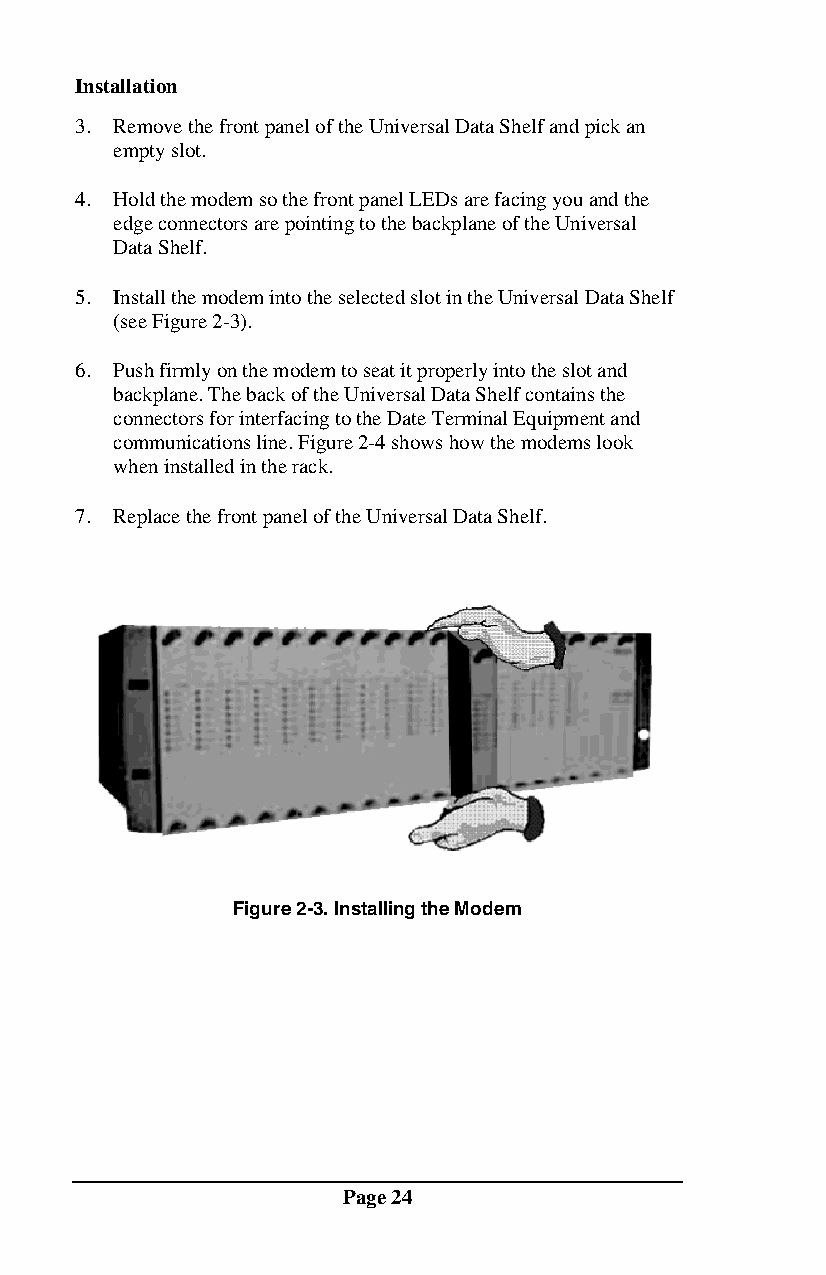
Installation
 3. Remove the front panel of the Universal Data Shelf and pick an
 empty slot.
 4. Hold the modem so the front panel LEDs are facing you and the
 edge connectors are pointing to the backplane of the Universal
 Data Shelf.
 5. Install the modem into the selected slot in the Universal Data Shelf
 (see Figure 2-3).
 6. Push firmly on the modem to seat it properly into the slot and
 backplane. The back of the Universal Data Shelf contains the
 connectors for interfacing to the Date Terminal Equipment and
 communications line. Figure 2-4 shows how the modems look
 when installed in the rack.
 7. Replace the front panel of the Universal Data Shelf.
 Figure 2-3. Installing the Modem
 Page 24